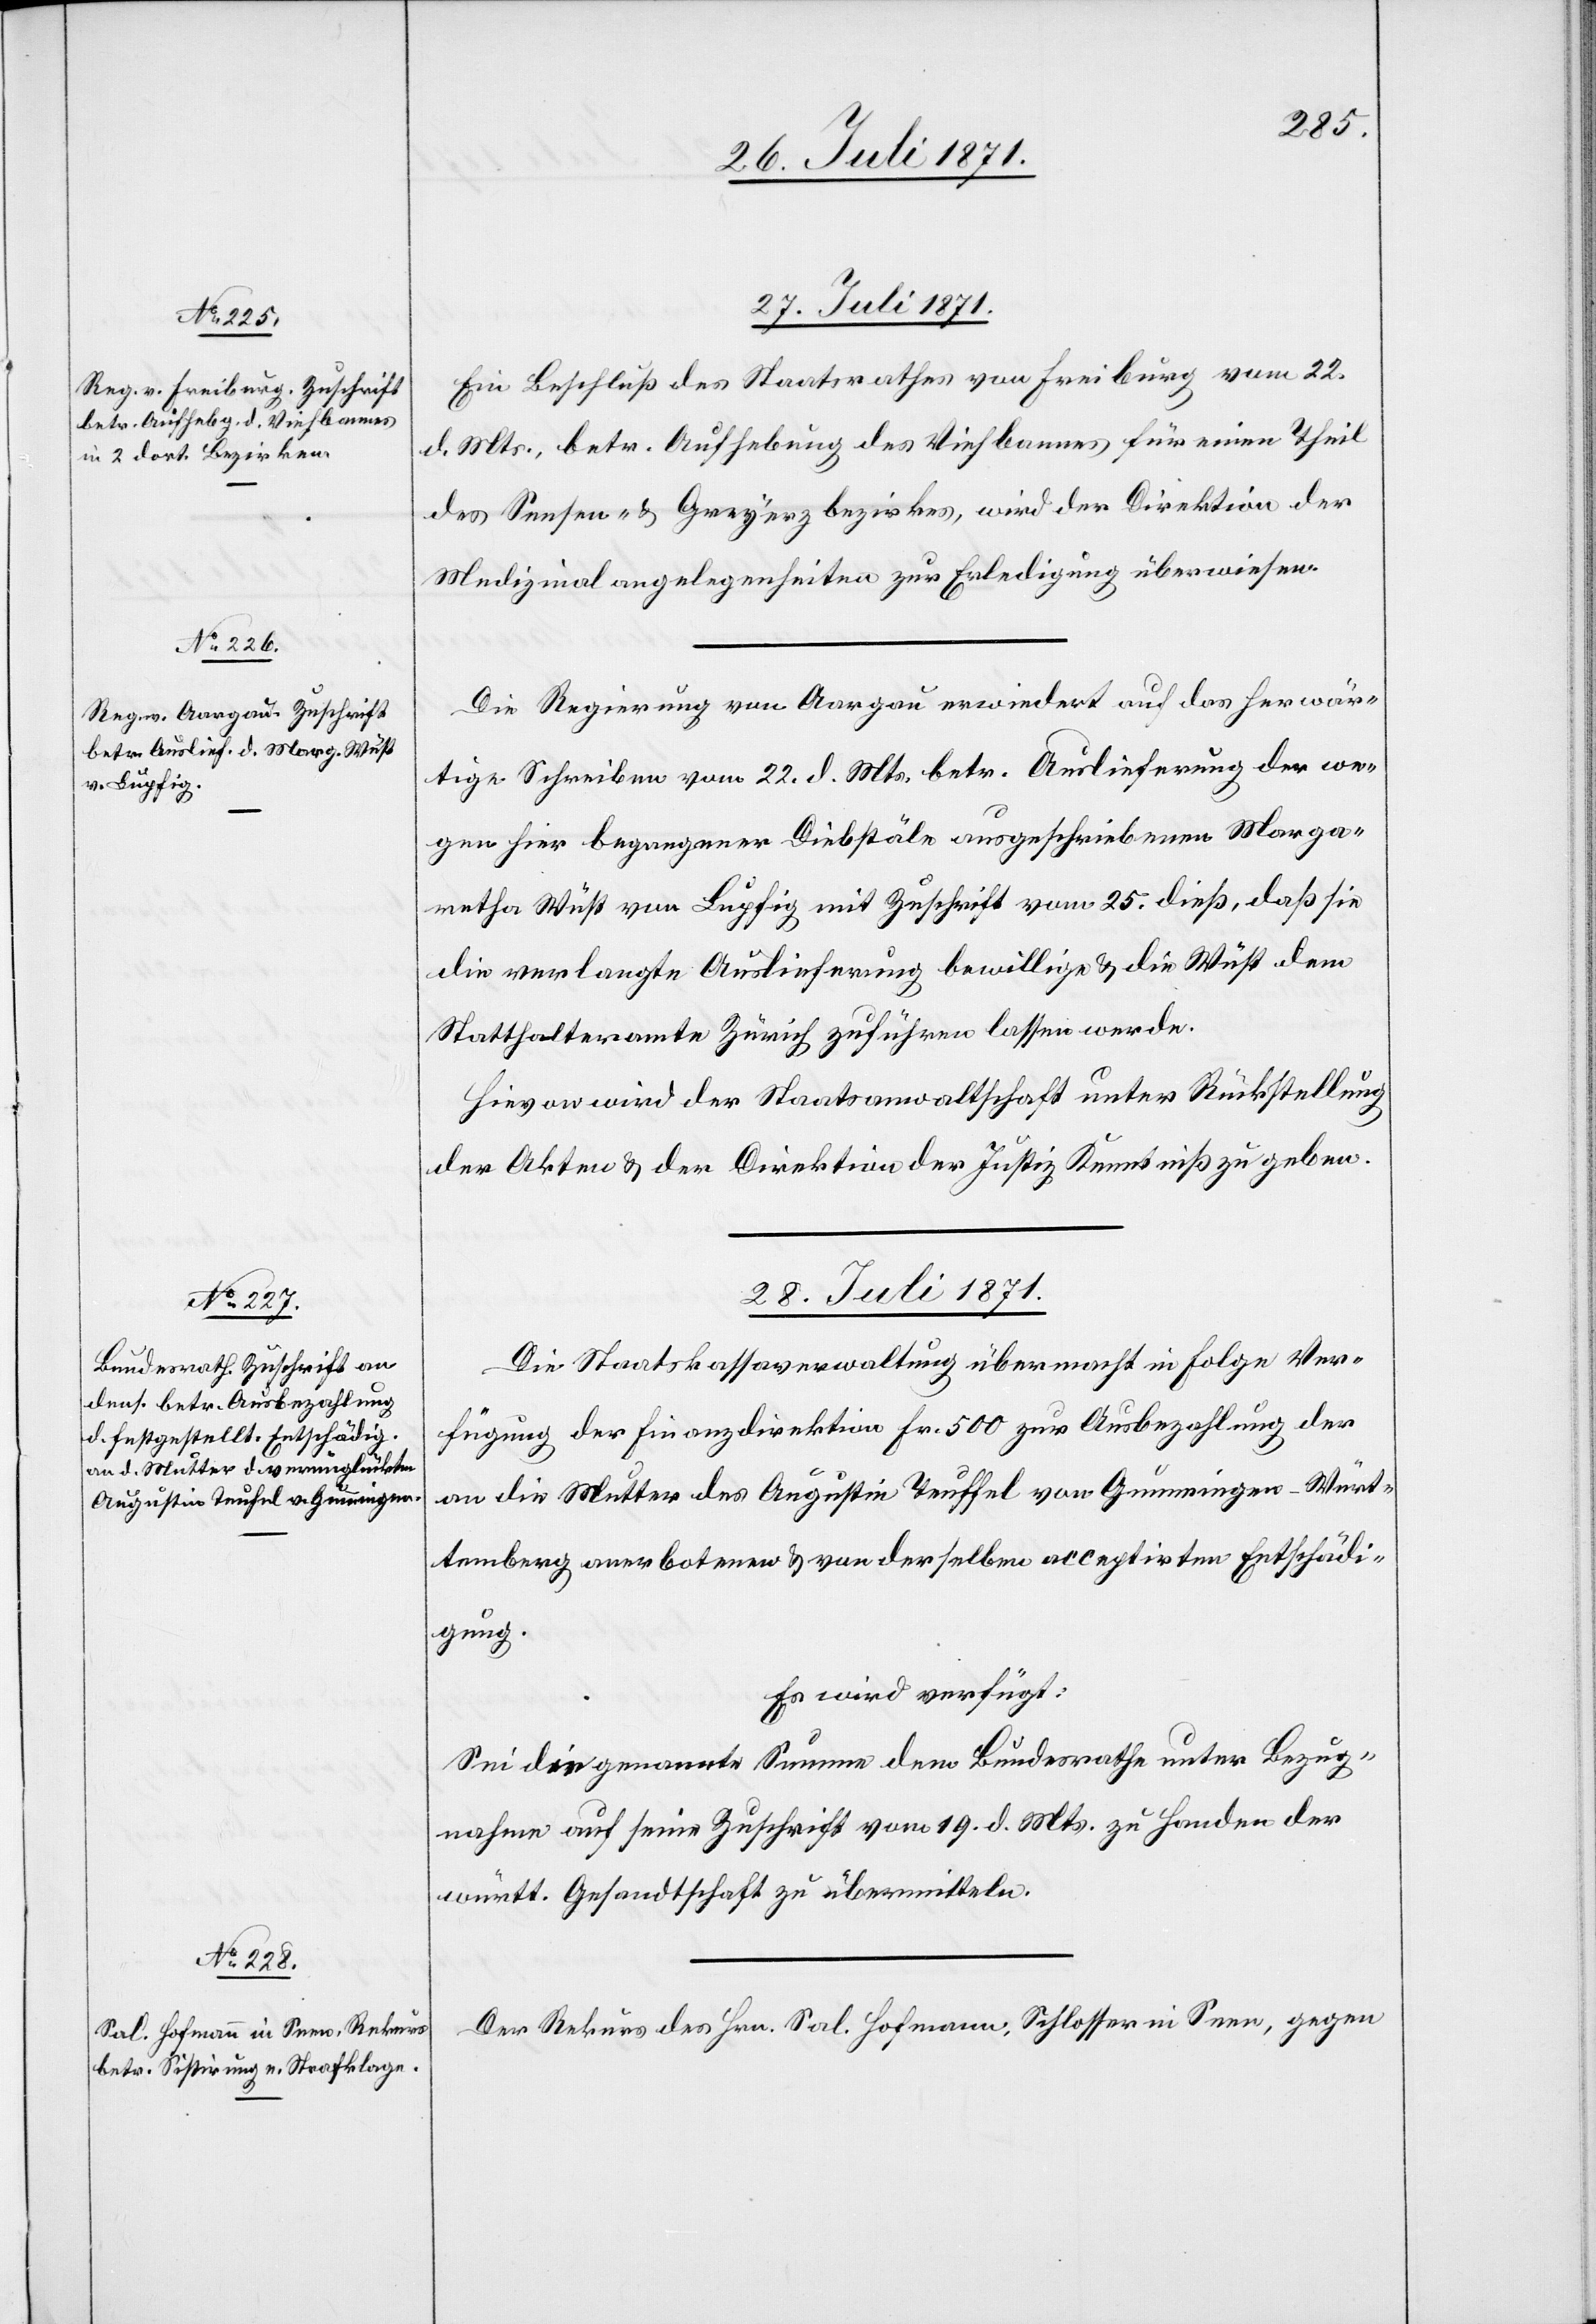
Ein Beschluß des Staatsrathes von Freiburg vom 22.
d. Mts., betr. Aufhebung des Viehbannes für einen Theil
des Sensen- u. Greyerzbezirkes, wird der Direktion der
Medizinalangelegenheiten zur Erledigung überwiesen.
Die Regierung von Aargau erwiedert auf das herwär¬
tige Schreiben vom 22. d. Mts. betr. Auslieferung der we¬
gen hier begangener Diebstäle ausgeschriebenen Marga¬
retha Wüst von Lupfig mit Zuschrift vom 25. dieß, daß sie
die verlangte Auslieferung bewillige u. die Wüst dem
Statthalteramt Zürich zuführen lassen werde.
Hievon wird der Staatsanwaltschaft unter Rückstellung
der Akten u. der Direktion der Justiz Kenntniß zu geben.
28. Juli 1871.]
Die Staatskassaverwaltung übermacht in Folge Ver¬
fügung der Finanzdirektion Fr. 500 zur Ausbezahlung der
an die Mutter des Augustin Teuffel [sic!] von Gummingen-Würt¬
temberg anerbotenen u. von derselben acceptirten Entschädi¬
gung.
Es wird verfügt:
Sei die genannte Summe dem Bundesrathe unter Bezug¬
nahme auf seine Zuschrift vom 19. d. Mts. zu Handen der
württ. Gesandtschaft zu übermitteln.
Der Rekurs des Hrn. Sal. Hofmann, Schlosser in Seen, gegen